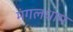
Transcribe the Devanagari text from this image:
मंगलधाम